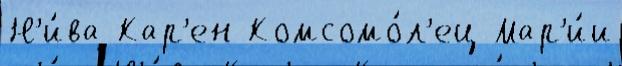
Н'и́ва Кар'ен Комсомо́л'ец Мар'и́и